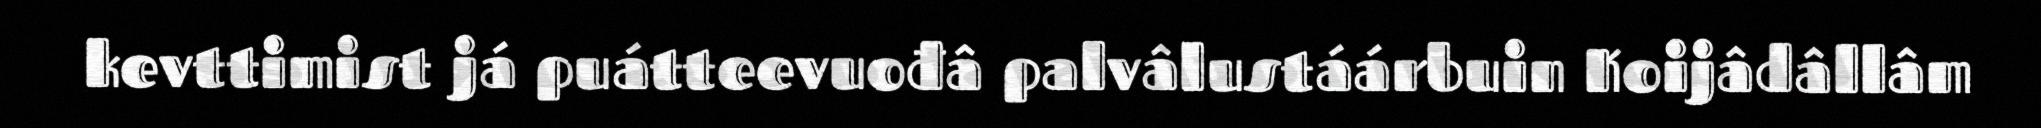
kevttimist já puátteevuođâ palvâlustáárbuin Koijâdâllâm